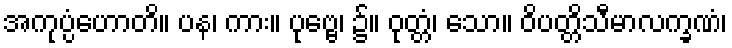
အကုပ္ပံဟောတိ။ ပန၊ ကား။ ပုဗ္ဗေ၊ ၌။ ဝုတ္တံ၊ သော။ ဝိပတ္တိသီမာလက္ခဏံ၊